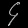
Digit: ၄